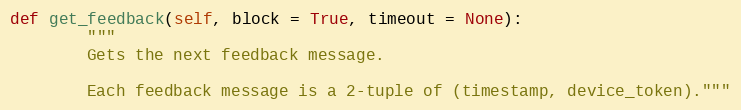
Language: Python
def get_feedback(self, block = True, timeout = None):
		"""
		Gets the next feedback message.

		Each feedback message is a 2-tuple of (timestamp, device_token)."""